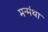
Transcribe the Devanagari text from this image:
मन्मंथा